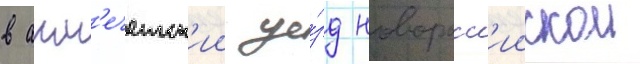
в акм'ечетск'ии уе́зд новоросс'иискои